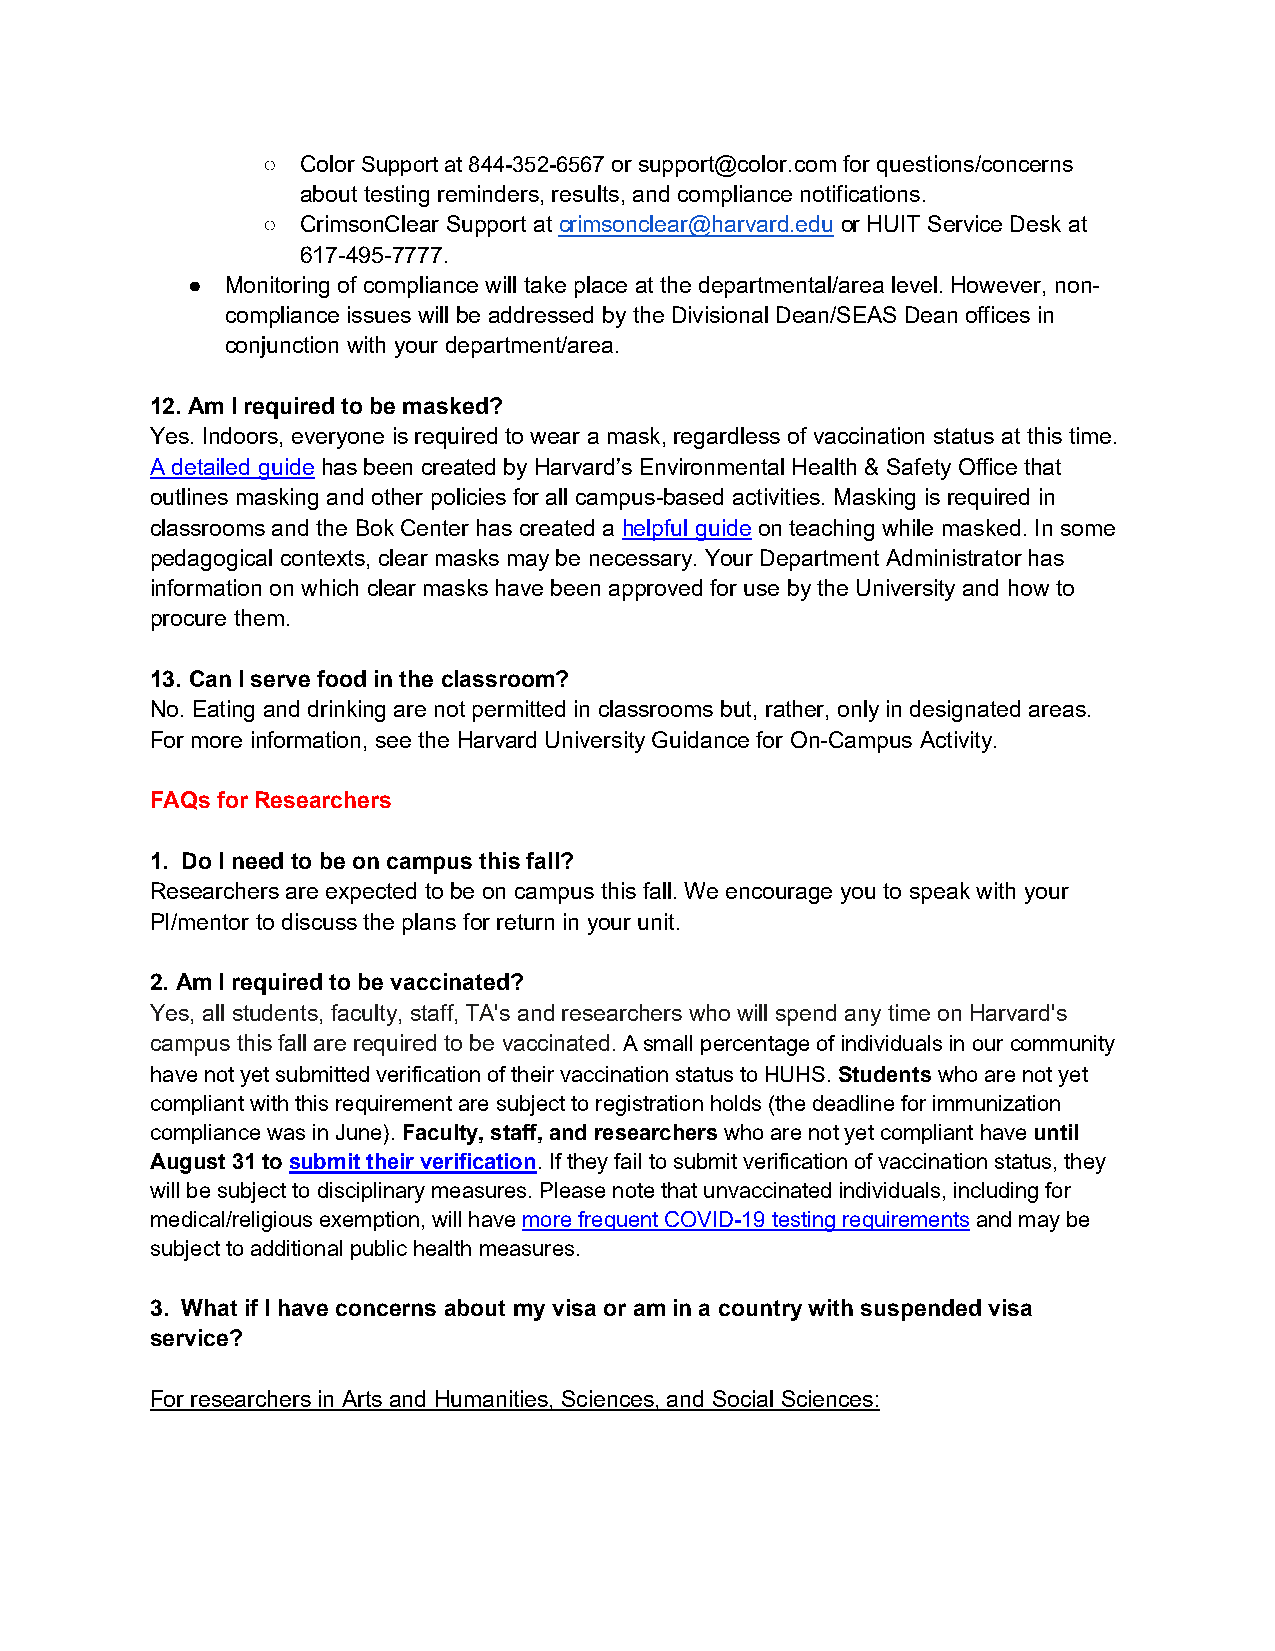
○  Color Support at 844-352-6567 or support@color.com for questions/concerns
 about testing reminders, results, and compliance notifications.
 ○  CrimsonClear Support at crimsonclear@harvard.edu or HUIT Service Desk at
 617-495-7777.
 ●  Monitoring of compliance will take place at the departmental/area level. However, non-
 compliance issues will be addressed by the Divisional Dean/SEAS Dean offices in
 conjunction with your department/area.
 12. Am I required to be masked?
 Yes. Indoors, everyone is required to wear a mask, regardless of vaccination status at this time.
 A detailed guide has been created by Harvard’s Environmental Health & Safety Office that
 outlines masking and other policies for all campus-based activities. Masking is required in
 classrooms and the Bok Center has created a helpful guide on teaching while masked. In some
 pedagogical contexts, clear masks may be necessary. Your Department Administrator has
 information on which clear masks have been approved for use by the University and how to
 procure them.
 13. Can I serve food in the classroom?
 No. Eating and drinking are not permitted in classrooms but, rather, only in designated areas.
 For more information, see the Harvard University Guidance for On-Campus Activity.
 FAQs for Researchers
 1. Do I need to be on campus this fall?
 Researchers are expected to be on campus this fall. We encourage you to speak with your
 PI/mentor to discuss the plans for return in your unit.
 2. Am I required to be vaccinated?
 Yes, all students, faculty, staff, TA's and researchers who will spend any time on Harvard's
 campus this fall are required to be vaccinated. A small percentage of individuals in our community
 have not yet submitted verification of their vaccination status to HUHS. Students who are not yet
 compliant with this requirement are subject to registration holds (the deadline for immunization
 compliance was in June). Faculty, staff, and researchers who are not yet compliant have until
 August 31 to submit their verification. If they fail to submit verification of vaccination status, they
 will be subject to disciplinary measures. Please note that unvaccinated individuals, including for
 medical/religious exemption, will have more frequent COVID-19 testing requirements and may be
 subject to additional public health measures.
 3. What if I have concerns about my visa or am in a country with suspended visa
 service?
 For researchers in Arts and Humanities, Sciences, and Social Sciences: